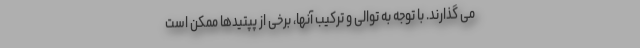
می گذارند. با توجه به توالی و ترکیب آنها، برخی از پپتیدها ممکن است